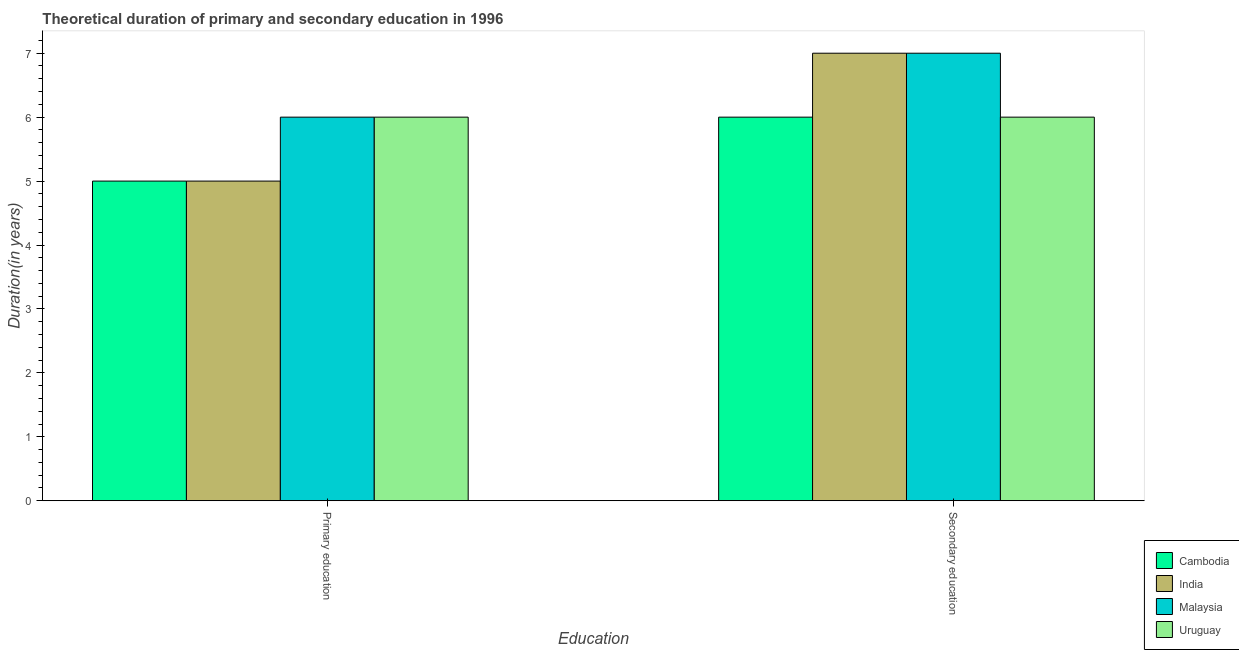
| Education | Cambodia | India | Malaysia | Uruguay |
 | --- | --- | --- | --- | --- |
 | Primary education | 5 | 5 | 6 | 6 |
 | Secondary education | 6 | 7 | 7 | 6 |